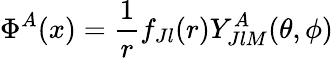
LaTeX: \Phi^{A}(x)={\frac{1}{r}}f_{Jl}(r)Y_{JlM}^{A}(\theta,\phi)